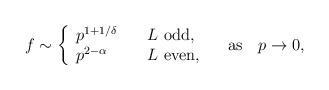
LaTeX: \begin{align*}f \sim \left\{ \begin{array}{ll} p^{1 + 1/\delta} & \quad \mbox{$L$ odd}, \\ p^{2 - \alpha} & \quad \mbox{$L$ even}, \end{array} \right. \quad \mbox{as} \quad p \to 0,\end{align*}